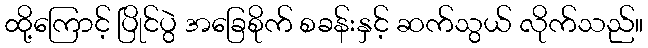
ထို့ကြောင့် ပြိုင်ပွဲ အခြေစိုက် စခန်းနှင့် ဆက်သွယ် လိုက်သည်။